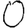
Digit: 0